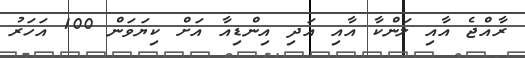
ރާއްޖެ އާއި ލަންކާ އާއި އަދި އިންޑިއާ އަށް ކިޔަވަން 100 އަހަރު